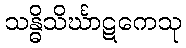
သန္ဓိသိင်္ဃာဋကေသု